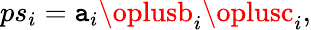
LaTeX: ps_{i}=\mathtt{a}_{i}\oplusb_{i}\oplusc_{i},